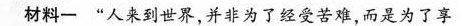
材料一 “人来到世界，并非为了经受苦难，而是为了享